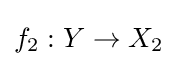
f_{2}:Y\to X_{2}